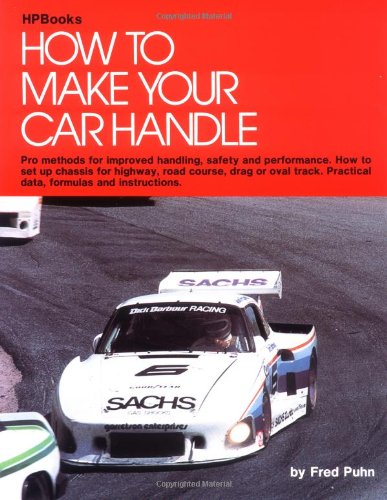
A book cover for How to Make Your Car Handle; Fred Puhn; Engineering & Transportation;